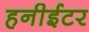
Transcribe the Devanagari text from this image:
हनीईटर